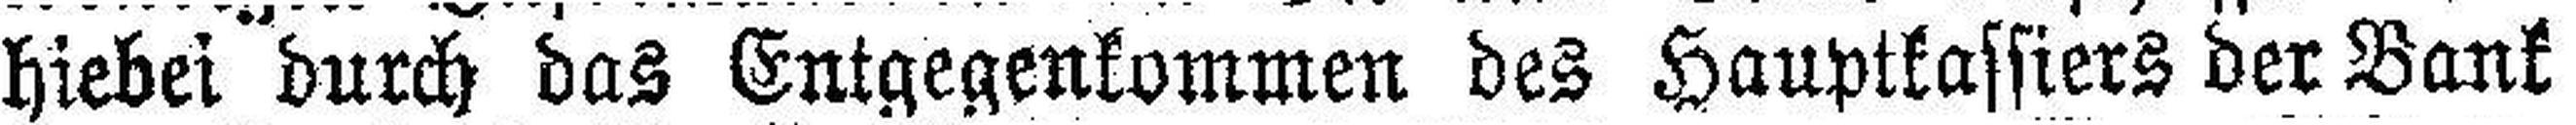
hiebei durch das Entgegenkommen des Hauptkassiers der Bank